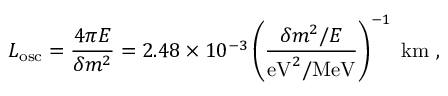
L _ { \mathrm { o s c } } = \frac { 4 \pi E } { \delta m ^ { 2 } } = 2 . 4 8 \times 1 0 ^ { - 3 } \left( \frac { \delta m ^ { 2 } / E } { \mathrm { e V } ^ { 2 } / \mathrm { M e V } } \right) ^ { - 1 } \; \mathrm { k m } \ ,